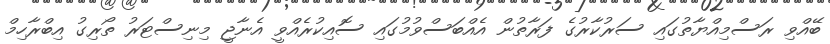
ބޭއްވި ރަސްމިއްޔާތުގައި ސަރުކާރުގެ ފަރާތުން އެއްބަސްވުމުގައި ސޮއިކުރެއްވީ އެނާޖީ މިނިސްޓަރު ތޯރިގު އިބްރާހިމް